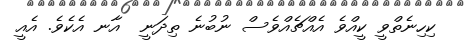
ކިހިނެތްވީ ކީއްވެ އެއްޗެއްވެސް ނުބުނެ ތިދަނީ  އާނ އެކެވެ. އެއީ